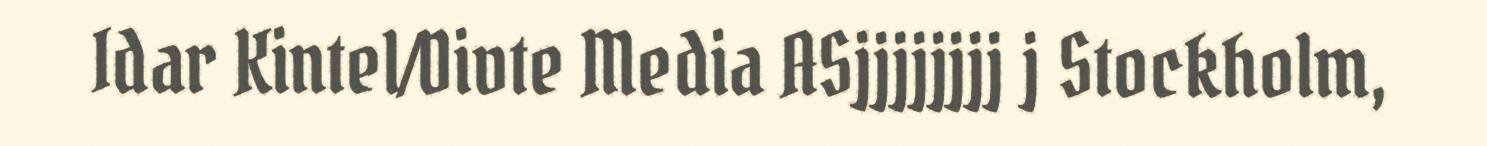
Idar Kintel/Divte Media ASjjjjjjjj j Stockholm,